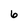
Character: 6